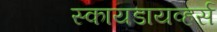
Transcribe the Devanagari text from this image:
स्कायडायव्हर्स